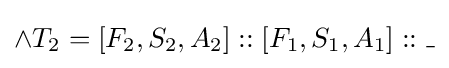
\land T_{2}=[F_{2},S_{2},A_{2}]::[F_{1},S_{1},A_{1}]::\_